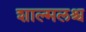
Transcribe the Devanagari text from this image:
शाल्मलश्च